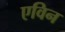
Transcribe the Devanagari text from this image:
एविन